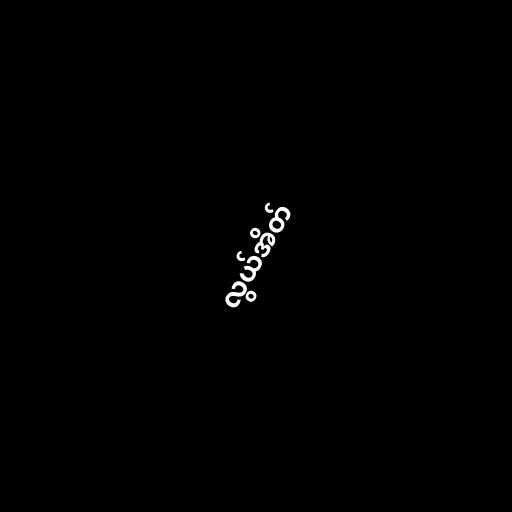
လွယ်အိတ်